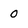
Character: 0